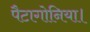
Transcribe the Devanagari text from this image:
पैटागोनिया।